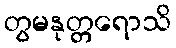
တွမနုတ္တရောသိ